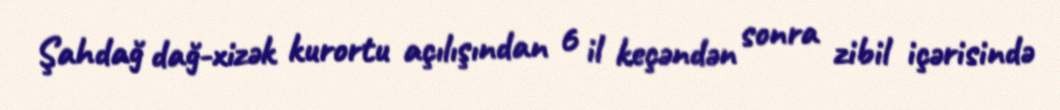
Şahdağ dağ-xizək kurortu açılışından 6 il keçəndən sonra zibil içərisində